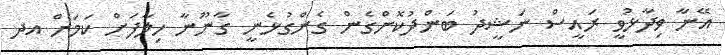
އޭނާ ވިދާޅުވީ ރައީސް ނަޝީދު ބަންދުކޮށްގެން ގެންގުޅެނީ ގާނޫނާ ހިލާފަށް ކަމަށް އދ